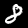
Label: 8